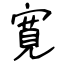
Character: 寛